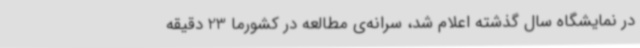
در نمایشگاه سال گذشته اعلام شد، سرانه‌ی مطالعه در کشورما 23 دقیقه